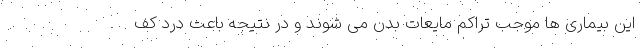
این بیماری ها موجب تراکم مایعات بدن می شوند و در نتیجه باعث درد کف